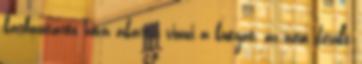
karbantartó hová akarta vinni a kutyát, az nem derült